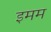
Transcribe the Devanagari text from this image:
इमम